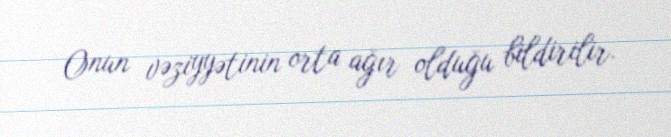
Onun vəziyyətinin orta ağır olduğu bildirilir.